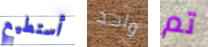
أستطيع واحد تم